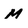
Character: M